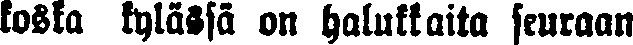
koska kylässä on halukkaita seuraan